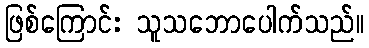
ဖြစ်ကြောင်း သူသဘောပေါက်သည်။